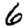
Digit: 6